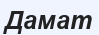
Дамат